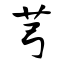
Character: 芎